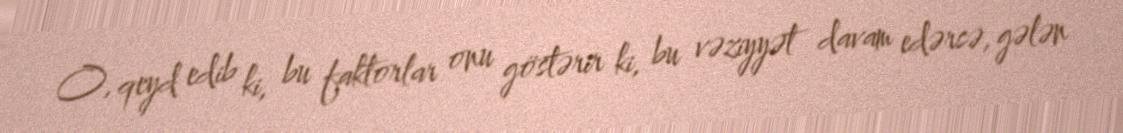
O, qeyd edib ki, bu faktorlar onu göstərir ki, bu vəziyyət davam edərsə, gələn